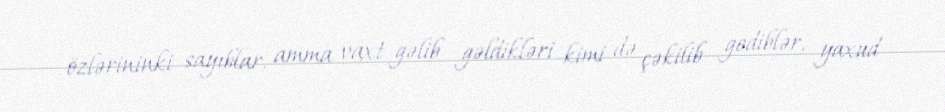
özlərininki sayıblar, amma vaxt gəlib gəldikləri kimi də çəkilib gediblər, yaxud